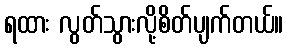
ရထား လွတ်သွားလို့စိတ်ပျက်တယ်။